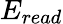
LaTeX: E_{read}